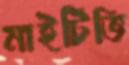
মাইটিভি